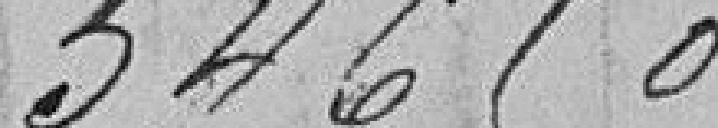
54 650